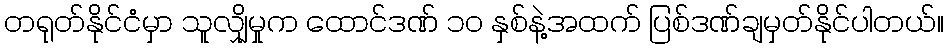
တရုတ်နိုင်ငံမှာ သူလျှိုမှုက ထောင်ဒဏ် ၁၀ နှစ်နဲ့အထက် ပြစ်ဒဏ်ချမှတ်နိုင်ပါတယ်။